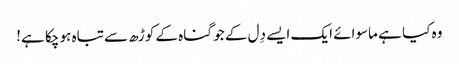
وہ کیا ہے ماسوائے ایک ایسے دِل کے جو گناہ کے کوڑھ سے تباہ ہو چکا ہے!